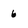
Character: 6